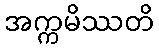
အက္ကမိဿတိ